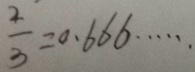
\frac { 2 } { 3 } = 0 . 6 6 6 \cdots